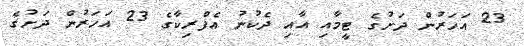
23 އަހަރުން ދަށުގެ ޓީމާއި އާއި ދެކުނު އެފްރިކާގެ 23 އަހަރުން ދަށުގެ